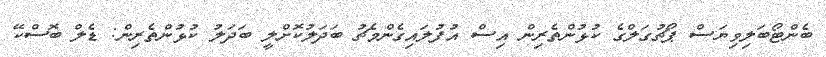
ބެންޓޯބަލިވިޔަސް ޕޯޗުގަލްގެ ކުޅުންތެރިން އިސް އުފުލައިގެންމެޗު ބަދަލުކޮށްލީ ބަދަލު ކުޅުންތެރިން: ޑެލް ބޮސްކޭ